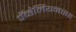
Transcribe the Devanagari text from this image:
पॅव्हेलियनसह